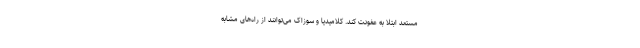
مستعد ابتلا به عفونت کند. کلامیدیا و سوزاک می‌توانند از راه‌های مشابه